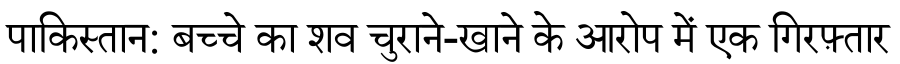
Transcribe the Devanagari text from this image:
पाकिस्तान: बच्चे का शव चुराने-खाने के आरोप में एक गिरफ़्तार